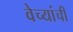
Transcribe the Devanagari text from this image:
वेच्यांची